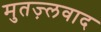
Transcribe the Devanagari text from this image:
मुतज़्लवाद